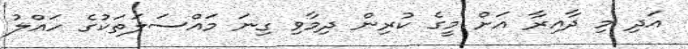
އަދި މި ދާއިރާ އަށް މީގެ ކުރިން ދިމާވި ގިނަ މައްސަލަތަކުގެ ހައްލު